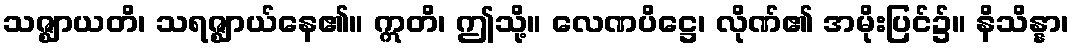
သဇ္ဈာယတိ၊ သရဇ္ဈာယ်နေ၏။ ဣတိ၊ ဤသို့။ လေဏပိဋ္ဌေ၊ လိုဏ်၏ အမိုးပြင်၌။ နိသိန္နာ၊